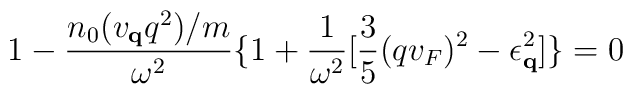
1 - \frac{ n_{0} (v_{ {\bf{q}} }q^{2})/m }{\omega^{2}}\{1 + \frac{1}{ \omega^{2}}[\frac{3}{5}(qv_{F})^{2} - \epsilon^{2}_{ {\bf{q}} }]\} = 0